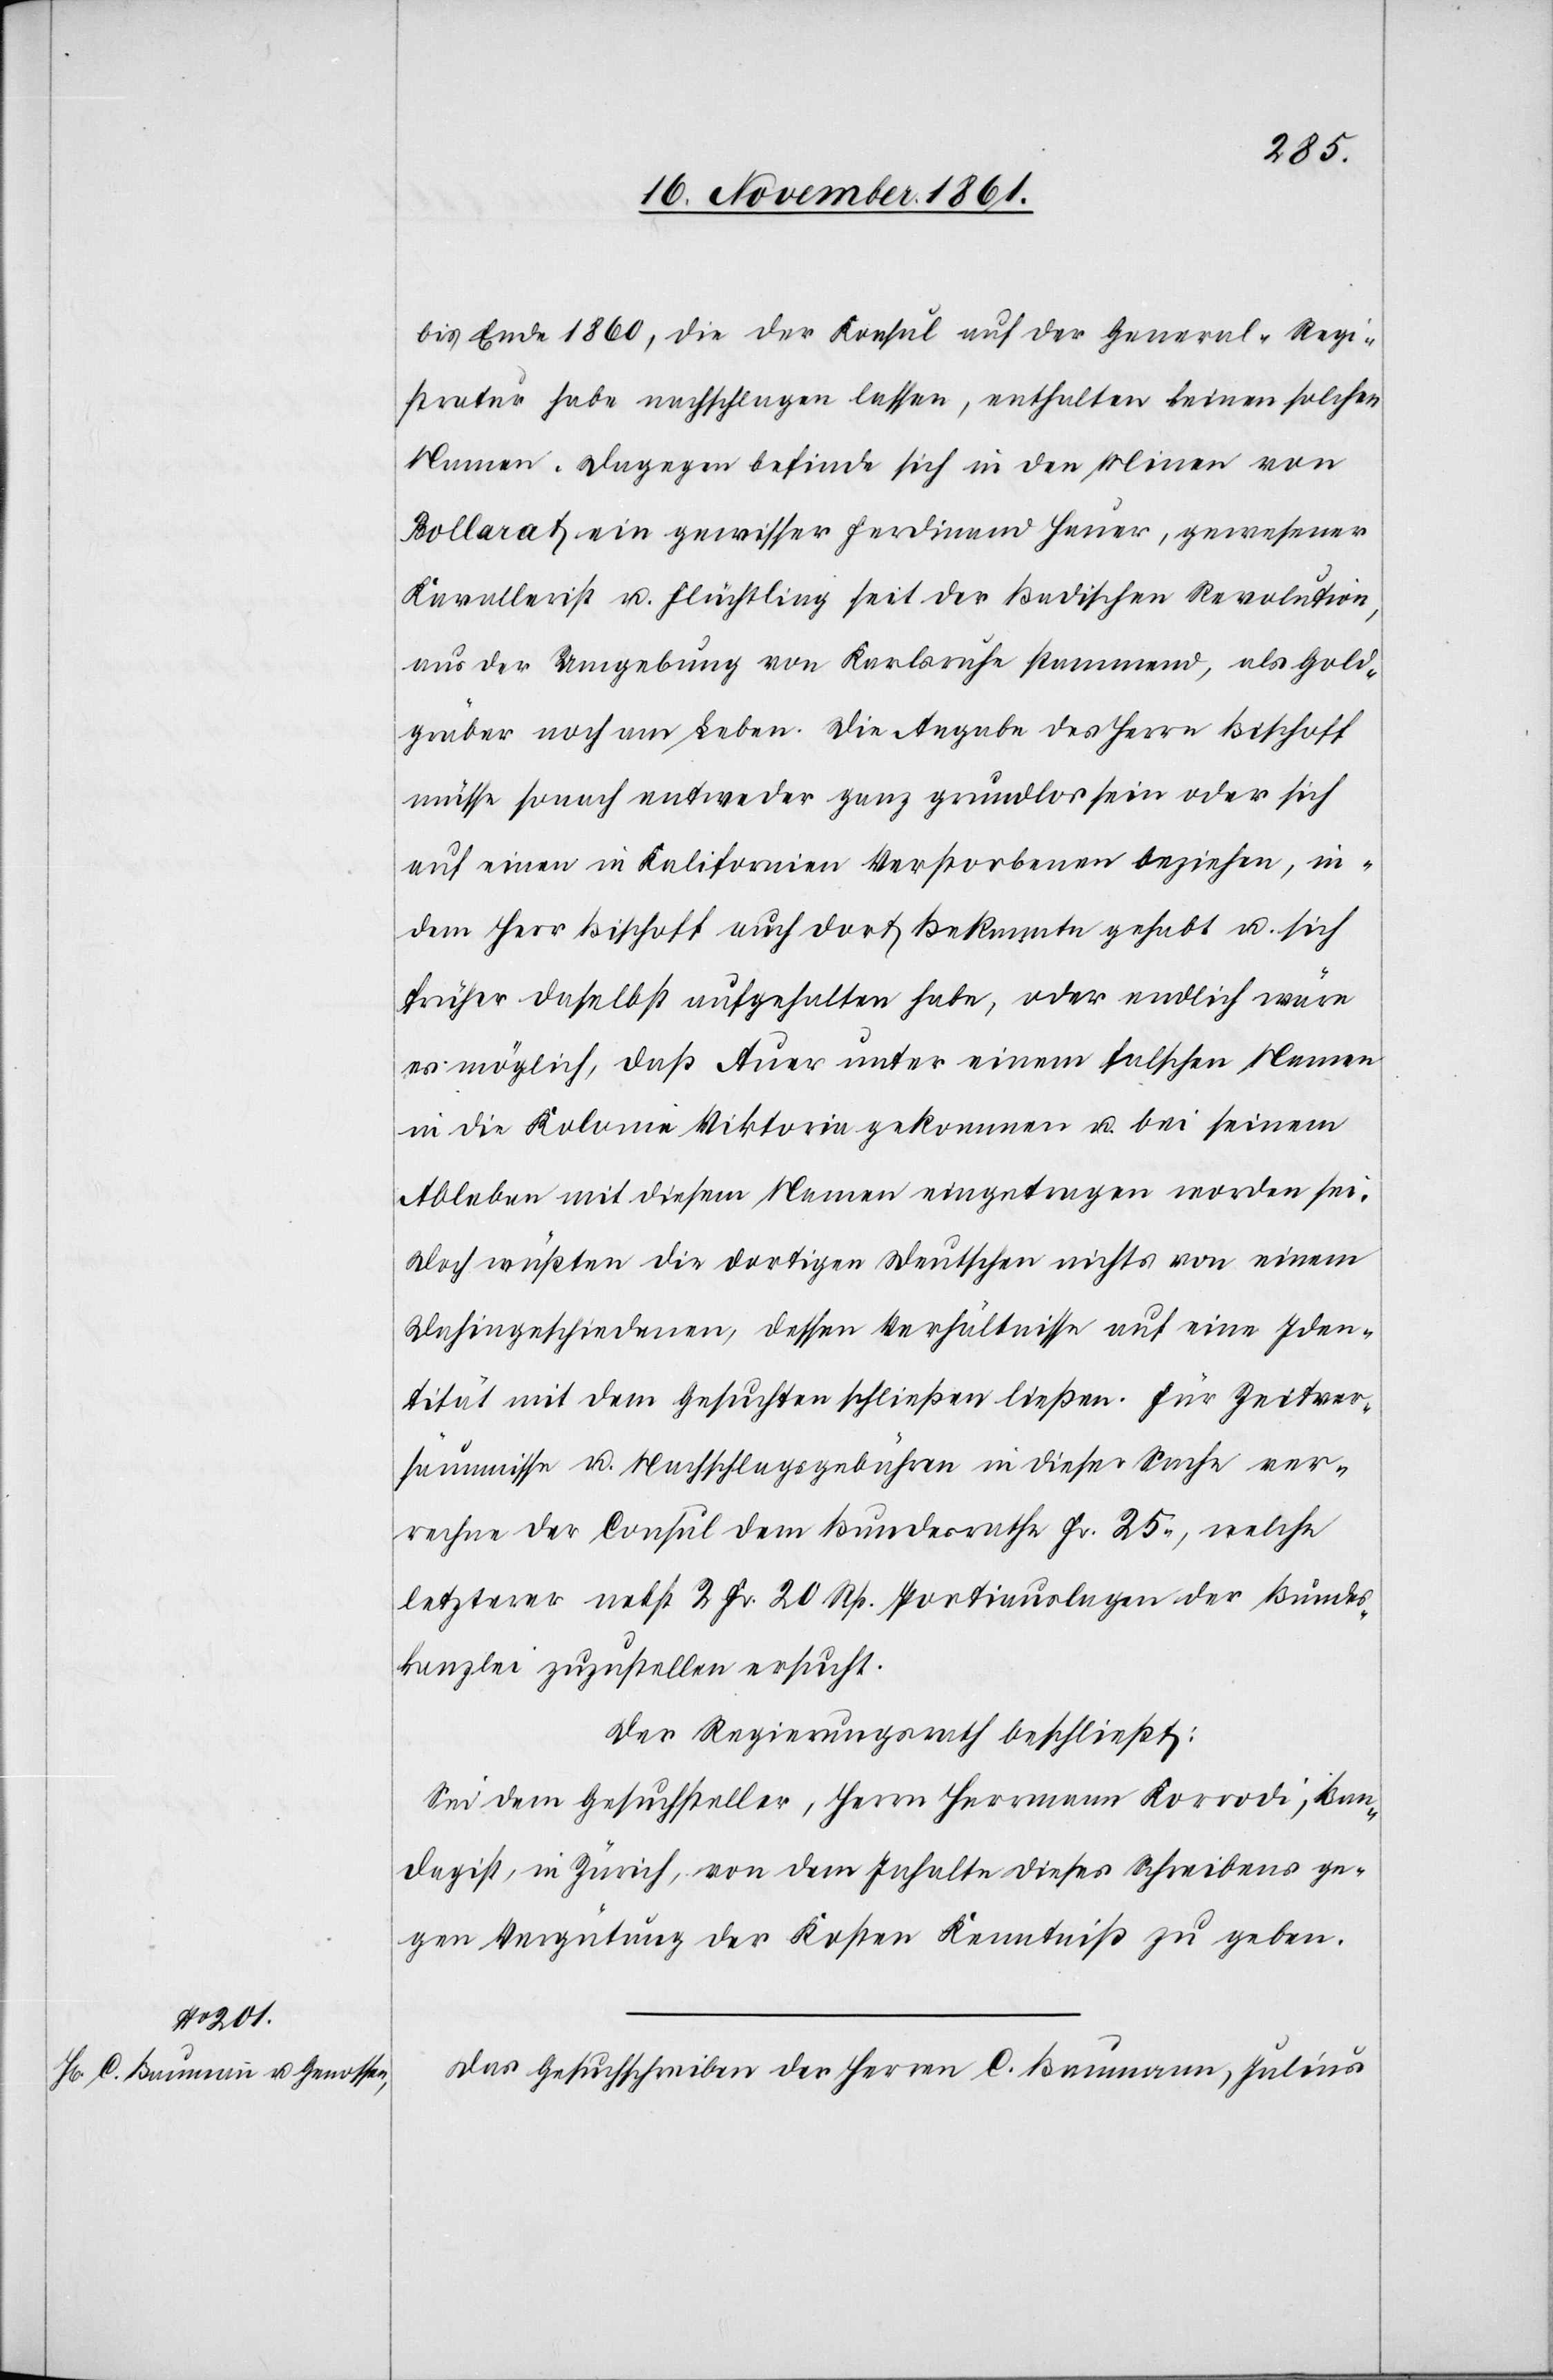
bis Ende 1860, die der Konsul auf der General-Regi¬
stratur habe nachschlagen lassen, enthalten keinen solchen
Namen. Dagegen befinde sich in den Minen von
Bollarat ein gewisser Ferdinand Hauer, gewesener
Kavallerist u. Flüchtling seit der Badischen Revolution,
aus der Umgebung von Karlsruhe stammend, als Gold¬
gräber noch am Leben. Die Angabe des Herrn Bischoff
müsse sonach entweder ganz grundlos sein oder sich
auf einen in Kalifornien Verstorbenen beziehen, in¬
dem Herr Bischoff auch dort Bekannte gehabt u. sich
früher daselbst aufgehalten habe, oder endlich wäre
es möglich, daß Auer unter einem solchen Namen
in die Kolonie Viktoria gekommen u. bei seinem
Ableben mit diesem Namen eingetragen worden sei.
Doch wüßten die dortigen Deutschen nichts von einem
Dahingeschiedenen, dessen Verhältnisse auf eine Iden¬
tität mit dem Gesuchten schließen ließen. Für Zeitver¬
säumnisse u. Nachschlagsgebühren in dieser Sache ver¬
rechne der Consul dem Bundesrathe Fr. 25., welche
letzterer nebst 2 Fr. 20 Rp. Portiauslagen der Bundes¬
kanzlei zuzustellen ersucht.
Der Regierungsrath beschließt:
Sei dem Gesuchsteller, Herrn Hermann Korrodi, Ban¬
dagist, in Zürich, von dem Inhalte dieses Schreibens ge¬
gen Vergütung der Kosten Kenntniß zu geben.
Das Gesuchsschreiben der Herrn C. Baumann, Julius